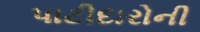
પાટીદારોની